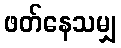
ဖတ်နေသမျှ